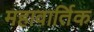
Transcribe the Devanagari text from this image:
महावार्तिक